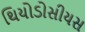
થિયોડોસીયસ